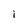
Character: I